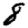
Digit: 8